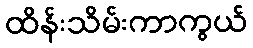
ထိန်းသိမ်းကာကွယ်